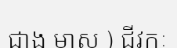
ជាង មាស ) ជីវកៈ